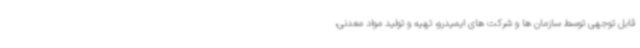
قابل توجهی توسط سازمان ها و شرکت های ایمیدرو، تهیه و تولید مواد معدنی،